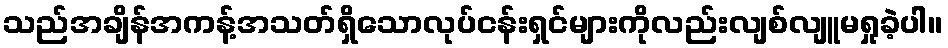
သည်အချိန်အကန့်အသတ်ရှိသောလုပ်ငန်းရှင်များကိုလည်းလျစ်လျူမရှုခဲ့ပါ။